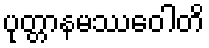
ပုတ္တာနမဿဝေါတိ